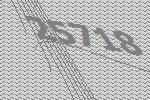
25718